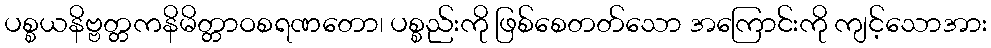
ပစ္စယနိဗ္ဗတ္တကနိမိတ္တာဝစရဏတော၊ ပစ္စည်းကို ဖြစ်စေတတ်သော အကြောင်းကို ကျင့်သောအား